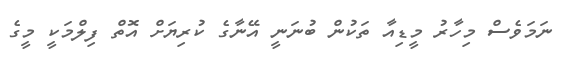
ނަމަވެސް މިހާރު މީޑިއާ ތަކުން ބުނަނީ އޭނާގެ ކުރިޔަށް އޮތް ފިލްމަކީ މީގެ